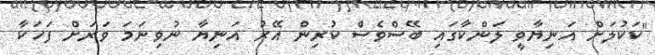
"ކަކުލަށް އަނިޔާވީ ލަންކާގައި ބޭސްވެސް ކުރިން އޭރު އަނިޔާ ނުވިނަމަ ވަރަށް ފަހަކާ